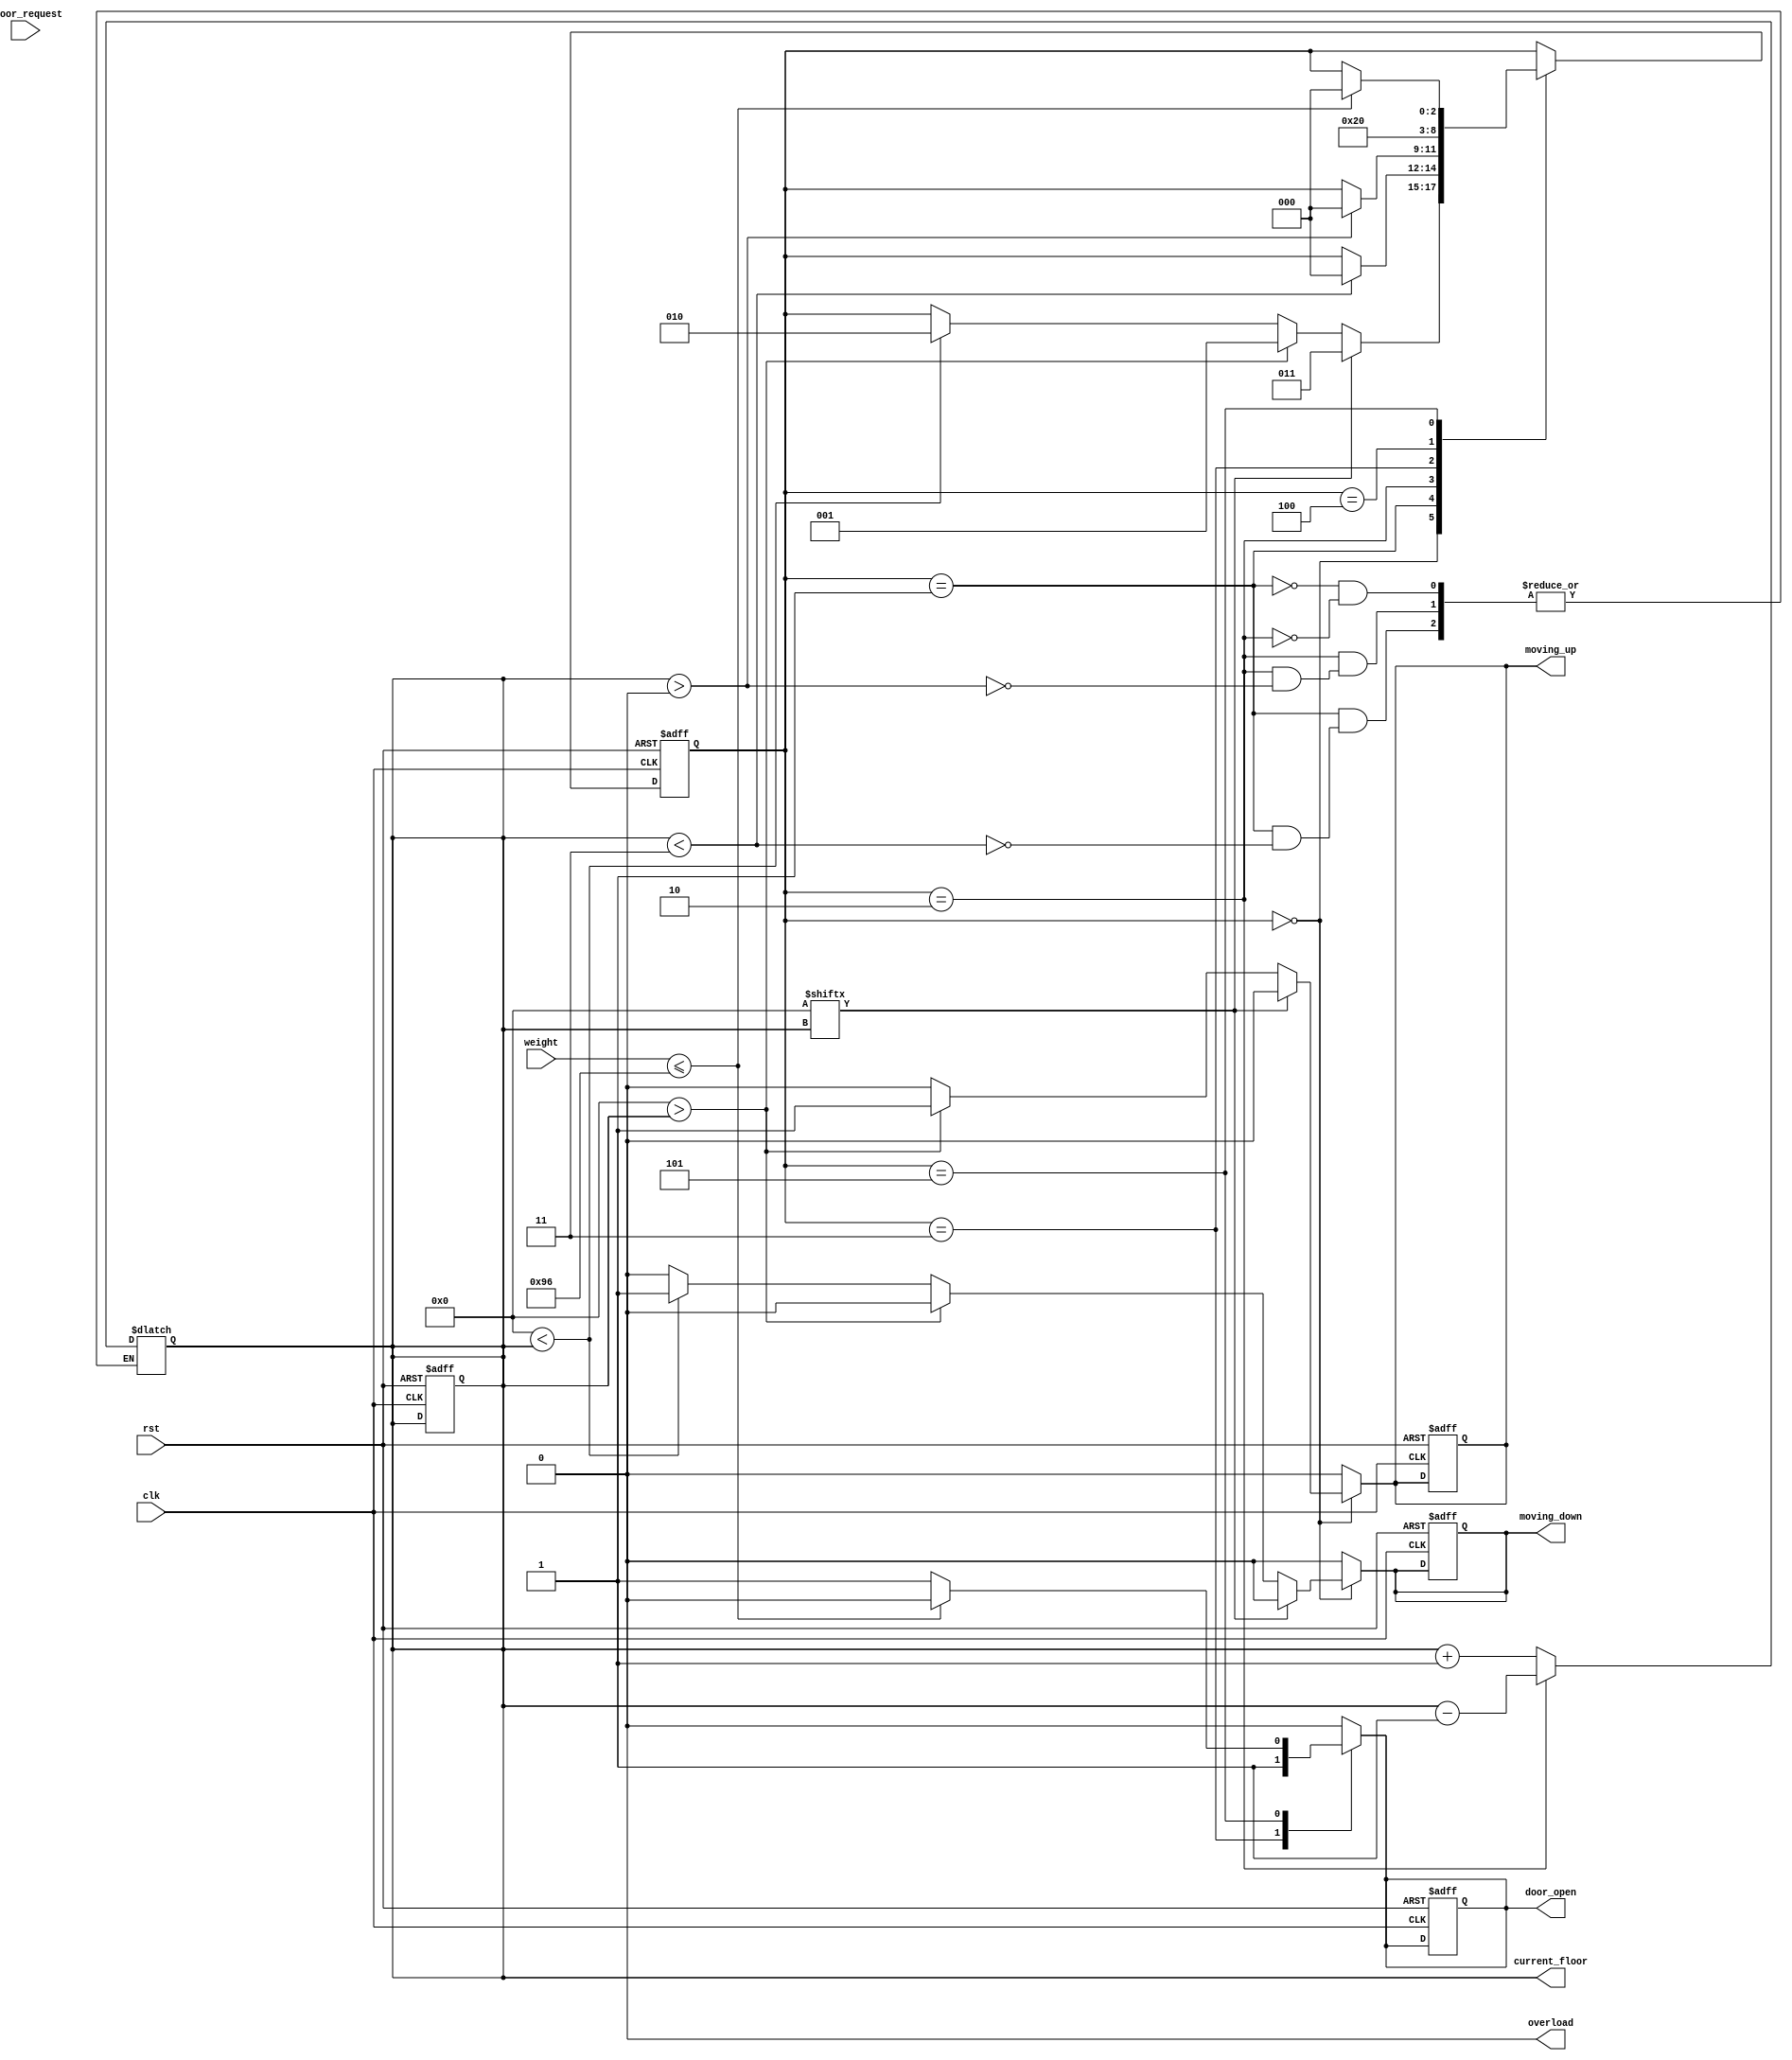
`timescale 1ns / 1ps
//////////////////////////////////////////////////////////////////////////////////
// Company: 
// Engineer: 
// 
// Design Name: 
// Module Name:    elevator 
// Project Name: 
// Target Devices: 
// Tool versions: 
// Description: 
//
// Dependencies: 
//
// Revision: 
// Revision 0.01 - File Created
// Additional Comments: 
//
//////////////////////////////////////////////////////////////////////////////////
module elevator_controller(
    input clk,
    input rst,
    input [3:0] floor_request,  // 4-bit input, each bit represents a request from a floor (floor 0, 1, 2, 3)
    input [7:0] weight,         // 8-bit input representing the weight sensor reading
    output reg [1:0] current_floor, // 2-bit output representing the current floor (0, 1, 2, 3)
    output reg moving_up,       // Indicator if elevator is moving up
    output reg moving_down,     // Indicator if elevator is moving down
    output reg door_open,       // Indicator if door is open
    output reg overload         // Indicator if the elevator is overloaded
);

    // State encoding for elevator FSM
    parameter IDLE = 3'b000;
    parameter MOVE_UP = 3'b001;
    parameter MOVE_DOWN = 3'b010;
    parameter OPEN_DOOR = 3'b011;
    parameter CLOSE_DOOR = 3'b100;
    parameter OVERLOAD = 3'b101;

    // Elevator state variables
    reg [2:0] current_state, next_state;
    reg [3:0] request_pending;
    parameter WEIGHT_THRESHOLD = 8'd150; // Example threshold for overload detection

    // Initialization
    initial begin
        current_floor = 2'b00;
        moving_up = 0;
        moving_down = 0;
        door_open = 0;
        overload = 0;
        current_state = IDLE;
        request_pending = 4'b0000;
    end

    // State transition logic
    always @(posedge clk or posedge rst) begin
        if (rst) begin
            current_state <= IDLE;
            current_floor <= 2'b00;
            moving_up <= 0;
            moving_down <= 0;
            door_open <= 0;
            overload <= 0;
            request_pending <= 4'b0000;
        end else begin
            current_state <= next_state;

            // Handle floor requests
            if (floor_request != 4'b0000) begin
                request_pending <= floor_request;
            end

            // Check for overload
            if (weight > WEIGHT_THRESHOLD) begin
                overload <= 1;
            end else begin
                overload <= 0;
            end
        end
    end

    // Next state logic
    always @(*) begin
        next_state=current_state;
        moving_up = 0;
        moving_down = 0;
        door_open = 0;

        case (current_state)
            IDLE: begin
                if (overload) begin
                    next_state = OVERLOAD;
                end else if (request_pending[current_floor]) begin
                    next_state = OPEN_DOOR;
                end else if (request_pending > current_floor) begin
                    next_state = MOVE_UP;
                    moving_up = 1;
                end else if (request_pending < current_floor) begin
                    next_state = MOVE_DOWN;
                    moving_down = 1;
                end
            end
            MOVE_UP: begin
                if (!overload && current_floor < 2'b11) begin
                    next_state = IDLE;
                    current_floor = current_floor + 1;
                end else if (overload) begin
                    next_state = OVERLOAD;
                end
            end
            MOVE_DOWN: begin
                if (!overload && current_floor > 2'b00) begin
                    next_state = IDLE;
                    current_floor = current_floor - 1;
                end else if (overload) begin
                    next_state = OVERLOAD;
                end
            end
            OPEN_DOOR: begin
                if (!overload) begin
                    door_open = 1;
                    next_state = CLOSE_DOOR;
                end else begin
                    next_state = OVERLOAD;
                end
            end
            CLOSE_DOOR: begin
                if (!overload) begin
                    door_open = 0;
                    request_pending[current_floor] = 0;
                    next_state = IDLE;
                end else begin
                    next_state = OVERLOAD;
                end
            end
            OVERLOAD: begin
                if (weight <= WEIGHT_THRESHOLD) begin
                    overload = 0;
                    next_state = IDLE;
                end else begin
                    door_open = 1; // Keep the door open during overload
                end
            end
        endcase
    end

endmodule